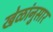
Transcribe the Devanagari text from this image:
खेळांनुसार